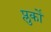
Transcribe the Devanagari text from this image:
प्लुर्कों